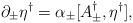
\begin{align*}\partial_\pm \eta^\dagger = \alpha_\pm [A_\pm^\dagger, \eta^\dagger],\end{align*}